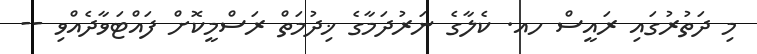
މި ދަތުރުގައި ރައީސް ހއ. ކެލާގެ ނަރުދަމާގެ ޚިދުމަތް ރަސްމީކޮށް ފައްޓަވާދެއްވި --